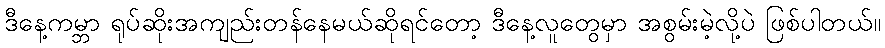
ဒီနေ့ကမ္ဘာ ရုပ်ဆိုးအကျည်းတန်နေမယ်ဆိုရင်တော့ ဒီနေ့လူတွေမှာ အစွမ်းမဲ့လို့ပဲ ဖြစ်ပါတယ်။